Medical and sanitary report of the native army of Bengal for the year
Year: 1876
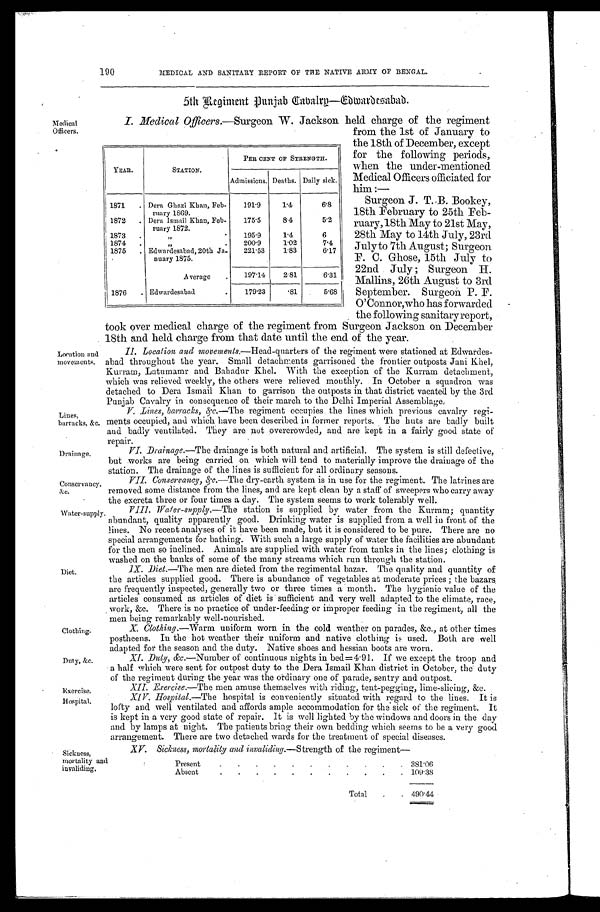
Drainage.
Conservancy,
&c.
Water-supply
Clothing.
Duty, &c.
Exercise.
Hospital.
Sickness,
mortality and
Medical.
Officers.
Location
and movements.
Lines,
barracks, &c.
Diet.
190
MEDICAL AND SANITARY REPORT OF THE NATIVE ARMY OF BENGAL.
5th Regiment Punjab Cavalry—
Edwardesabad.
I . Me d i c a l Of f i c e r s . —S u r g e o n W. J a c k s o n h e l d c h a r g e o f t h e r e g i me n t
from the 1st of January to
the 18th of December, except
for the following periods,
when the under-mentioned
Medical Officers officiated for
him:
—
Surgeon J. T. B. Bookey,
18th February to 25th Feb
- r u a r y , 1 8 t h M a y t o 2 1 s t M a y ,
28th May to 14th July, 23rd
July to 7th August; Surgeon
F. C. Ghose, 15th July to
22nd July; Surgeon H.
Mallins, 26th August to 3rd
September. Surgeon P. F.
O'Connor,who has forwarded
the following sanitary report,
took over medical charge of the regiment from Surgeon Jackson on December
18th and held charge from that date until the end of the year.
II Location and movements.—Head-quarters of the regiment were stationed at Edwardes
- a b a d t h r o u g h o u t t h e y e a r . S m a l l d e t a c h m e n t s g a r r i s o n e d t h e f r o n t i e r o u t p o s t s J a n i K h e l ,
Kurram, Latumamr and Bahadur Khel. With the exception of the Kurram detachment,
which was relieved weekly, the others were relieved monthly. In October a squadron was
detached to Dera Ismail Khan to garrison the outposts in that district vacated by the 3rd
Punjab Cavalry in consequence of their march to the Delhi Imperial Assemblage;
V. Lines, barracks, &c.—The regiment occupies the lines which previous cavalry regi
- m e n t s o c c u p i e d , a n d w h i c h h a v e b e e n d e s c r i b e d i n f o r m e r r e p o r t s . T h e h u t s a r e b a d l y b u i l t
and badly ventilated. They are not overcrowded, and are kept in a fairly good state of
repair.
VI. Drainage.—The drainage is both natural and artificial. The system is still defective,
but works are being carried on which will tend to materially improve the drainage of the
station. The drainage of the lines is sufficient for all ordinary seasons.
VII. Conservancy, &c. —The dry-earth system is in use for the regiment. The latrines are
removed some distance from the lines, and are kept clean by a staff of sweepers who carry away
the excreta three or four times a day. The system seems to work tolerably well.
VIII. Water-supply. —The station is supplied by water from the Kurram; quantity
abundant, quality apparently good. Drinking water is supplied from a well in front of the
lines. No recent analyses of it have been made, but it is considered to be pure. There are no
special arrangements for bathing. With such a large supply of water the facilities are abundant
for the men so inclined. Animals are supplied with water from tanks in the lines; clothing is
washed on the banks of some of the many streams which run through the station.
IX. Diet.—The men are dieted from the regimental bazar. The quality and quantity of
the articles supplied good. There is abundance of vegetables at moderate prices; the bazars
are frequently inspected, generally two or three times a month. The hygienic value of the
articles consumed as articles of diet is sufficient and very well adapted to the climate, race,
work, &c. There is no practice of under-feeding or improper feeding in the regiment, all the
men being remarkably well-nourished.
X. Clothing.—Warm uniform worn in the cold weather on parades, &c., at other times
postheens. In the hot weather their uniform and native clothing is used. Both are well
adapted for the season and the duty. Native shoes and hessian boots are worn.
XI. Duty, &c.—Number of continuous nights in bed=4.91. If we except the troop and
a half which were sent for outpost duty to the Dera Ismail Khan district in October, the duty
of the regiment during the year was the ordinary one of parade, sentry and outpost.
X I I I . E x e r c i s e .
— T h e m e n a m u s e t h e m s e l v e s w i t h r i d i n g , t e n t - p e g g i n g , l i m e - s l i c i n g , & c .
XIV. Hospital. —The hospital is conveniently situated with regard to the lines. It is
lofty and well ventilated and affords ample accommodation for the sick of the regiment. It
is kept in a very good state of repair. It is well lighted by the windows and doors in the day
and by lamps at night. The patients bring their own bedding which seems to be a very good
arrangement. There are two detached wards for the treatment of special diseases.
XV. Sickness, mortality and invaliding.—Strength of the regiment—
Present
381.06
Absent
109.38
Total
490.44
YEAR.
STATION.
PER CENT OF STRENGTH.
Admissions. Deaths. Daily sick.
1871
Dera Ghazi Khan, Feb-
ruary 1869.
191.9
1. 4
6.8
1872
Dera Ismail Khan, Feb-
ruary 1872.
175.5
8.4
5.2
1873 "
195.9
1.4
6
1874
" 200.9
1.02
7.4
1875
Edwadesabad, 20th Ja-
nuary 1875.
221.53 1.83
6.17
Average
197.14 2.81
6.31
1876
Edwardesabad
179.23 .81
5.68